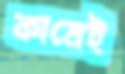
কামেই